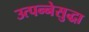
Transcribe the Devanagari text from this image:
उत्पन्नेसुद्धा